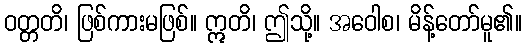
ဝတ္တတိ၊ ဖြစ်ကားမဖြစ်။ ဣတိ၊ ဤသို့။ အဝေါစ၊ မိန့်တော်မူ၏။